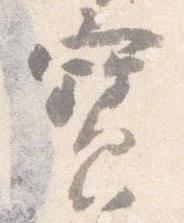
宝